Vaccination in Bombay 1869-1873 - 1869-1873
Year: 1869
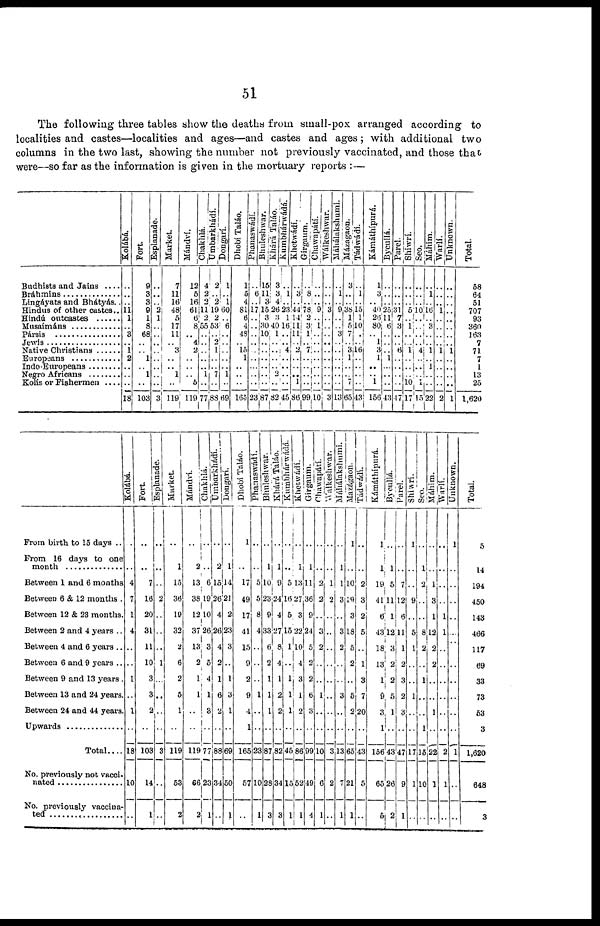
51
The following three tables show the deaths from small-pox arranged according to
localities and castes—localities and ages—and castes and ages; with additional two
columns in the two last, showing the number not previously vaccinated, and those that
were—so far as the information is given in the mortuary reports : —
Bundhists and Jains....
Bráhmins ....................
Lingáyats and Bhátyás..
Hindus of other castes..
Hindú outcastes ......
Musaímáns ............
Pársis................
Jewís ..................
Native Christians ......
Europeans ............
Indo-Europeans ........
Negro Africans ....
Kolís or Fishermen ....
Kolábá.
..
..
..
11 1
.. 3
.. 1
2
..
..
..
18
Fort
9
3
3
9
1
8
68
..
.. 1
..
1
..
103
Esplanade.
..
..
.. 2
1
..
..
..
.. ..
..
..
..
3
Market.
7
11
16
48
5
17
11
.. 3
..
..
1
..
119
Mándví.
12
5
16
61
6
8
.. 4
2
..
..
..
5
119
Chakhlá.
4
2
2
11
2
55
.. ..
..
..
..
1
..
77
Umbarkhádí.
2
..
2
19
2
53
.. 2
1
..
..
7
..
88
Dongar í
.
1
..
1
60
..
6
..
..
..
..
..
1
..
69
Dhobí Taláo.
1
5
4
81
6
4
48
.. 15
1
..
..
..
165
Phanaswádí.
..
6
..
17
.. ..
..
.. ..
..
..
..
..
23
Bhule s hwa r
.
15
11
3
15
3
30
10
.. ..
..
..
..
..
87
Khárá Tal áo.
3
3
4
26
3
40
1
.. ..
..
..
2
..
82
Kumbhárwádá.
..
1
.. 23
1
16
..
.. 4
..
..
..
..
45
Khe t
wá dí .
..
3
..
44
14
11
11
.. 2
..
..
..
1
86
Gi r
ga um.
..
8
.. 78
2
3
1
.. 7
..
..
..
..
99
Chawapátí.
..
..
.. 9
.. 1
..
.. ..
..
..
..
..
10
Wálkeshwar.
..
..
.. 3
..
..
..
.. ..
..
..
..
..
3
Máhálakshumi.
..
1
.. 9
..
.. 3
.. ..
..
..
..
..
13
Mázagaon.
3
..
.. 38
1
5
7
.. 3
1
..
..
7
65
Tádwádí.
..
1
.. l5
1
10
..
..
16
..
..
..
..
43
Kámthípurá.
1
3
.. 40
26
80
.. 1
3
1
..
..
1
156
Bycullá.
..
..
.. 25
11
6
..
.. ..
1
..
..
..
43
Parel.
..
..
..
31
7
3
..
.. 6
..
..
..
..
47
Shiwrí.
..
..
.. 5
.. 1
..
.. 1
..
..
..
10
17
Seo.
..
..
.. 10
..
..
..
..
4
..
..
..
1
15
Máhim.
..
1
.. 16
.. 3
..
.. 1
..
1
..
..
22
Warlí.
..
..
.. 1
..
..
..
.. 1
..
..
..
..
2
Unknown.
..
..
..
..
..
..
..
.. 1
..
..
..
..
1
Total.
58
64
51
707
93
360
163
7
71
7 1
13
25
1,620
From birth to 15 days ..
From 16 days to one
month ..................
Between 1 and 6 months
Between 6 & 12 months .
Between 12 & 23 months.
Between 2 and 4 years ..
Between 4 and 6 years ..
Between 6 and 9 years ..
Between 9 and 13 years .
Between 13 and 24 years.
Between 24 and 44 years.
Upwards ................
Total....
No. previously not vacci¬
nated ....................
No. previously vaccina¬
ted ....................
Kolábá.
..
..
4
7
1
4
..
..
1
..
1
..
18
10
..
Fort.
..
..
7
16
20
31
11
10
3
3
2
..
103
14
1
Esplanade.
..
..
..
2
..
..
..
1
..
..
..
..
3
..
..
Market.
..
1
15
36
19
32
2
6
2
5
1
..
119
53
2
Mándví.
..
2
13
38
l2
37
13
2
1
1
..
..
119
66
2
Chakhlá.
..
..
6
19
10
26
3
5
4
1
3
..
77
23
1
Umbarkhádí.
..
2
15
26
4
26
4
2
1
6
2
..
88
34
..
Dongarí.
..
1
14
21
2
23
3
..
1
3
1
..
69
50
1
Dhobí Taláo.
1
..
17
49
17
41
15
9
2
9
4
1
165
57
..
Phanaswádí.
..
..
5
5
8
4
..
..
..
1
..
..
23
10
1
Bhuleshwar.
..
1
10
23
9
33
6
2
1
1
1
..
87
28
3
Khárá Taláo.
..
1
9
24
4
27
8
4
1
2
2
..
82
34
3
Kumbhár wádá.
..
..
5
16
5
15
1
..
1
1
1
..
45
15
1
Khetwádí.
..
1
13
27
3
22
10
4
3
1
2
..
86
52
1
Girgaum.
..
1
11
36
9
24
5
2
2
6
3
..
99
49
4
Chawapátí.
..
..
2
2
..
3
2
..
..
1
..
..
10
6
1
Walkeshwar.
..
..
1
2
..
..
..
..
..
..
..
..
3
2
..
Máhálakshumi.
..
1
1
3
..
3
2
..
..
3
..
..
13
7
1
Mazágaon.
1
..
10
19
3
18
5
2
..
5
2
..
65
21
1
Tádwádí.
..
..
2
3
2
5
..
1
3
7
20
..
43
5
..
Kámáthípurá.
1
1
19
41
6
43
18
13
1
9
3
1
156
65
5
Bycullá.
..
1
5
11
1
12
3
2
2
5
1
..
43
26
2
Parel.
..
..
7
12
6
11
1
2
3
2
3
..
47
9
1
Shiwrí.
1
..
..
9
..
5
1
..
..
1
..
..
17
1
..
Seo.
..
1
2
..
..
8
2
..
1
..
..
1
15
10
..
Máhim.
..
..
1
3
1
12
2
2
..
..
1
..
22
1
..
Warlí.
..
..
..
..
1
1
..
..
..
..
..
..
2
1
..
Unknown.
1
..
..
..
..
..
..
..
..
..
..
..
1
..
..
Total.
5
14
194
450
143
466
117
69
33
73
53
3
1,620
648
3